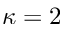
\kappa = 2